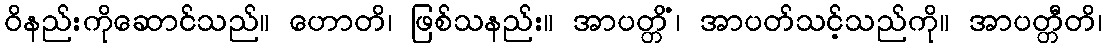
ဝိနည်းကိုဆောင်သည်။ ဟောတိ၊ ဖြစ်သနည်း။ အာပတ္တိံ၊ အာပတ်သင့်သည်ကို။ အာပတ္တီတိ၊